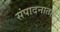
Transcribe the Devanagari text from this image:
संपादनातही